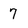
Character: 7